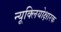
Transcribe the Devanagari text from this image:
न्यूक्लियोक्षारक